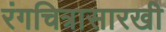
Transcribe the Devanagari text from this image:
रंगचित्रासारखी